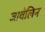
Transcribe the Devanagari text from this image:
जावेलिन